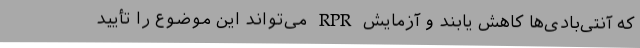
که آنتی‌بادی‌ها کاهش یابند و آزمایش RPR می‌تواند این موضوع را تأیید